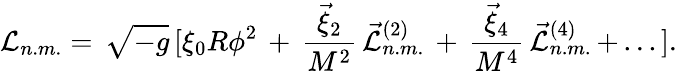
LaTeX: {\cal L}_{n.m.}=\, {\sqrt{-g}}\, \lbrack\xi_{0}R\phi^{2}\, +\, {\frac{{\vec{\xi}}_{2}}{M^{2}}}\, {\vec{\cal L}}_{n.m.}^{(2)}\, +\, {\frac{{\vec{\xi}}_{4}}{M^{4}}}\, {\vec{\cal L}}_{n.m.}^{(4)}\, +\, ...\rbrack.